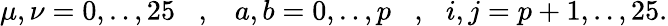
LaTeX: \mu,\nu=0,..,25\, \, \, \, \, ,\, \, \, \, \, a,b=0,..,p\, \, \, \, \, ,\, \, \, \, i,j=p+1,..,25.